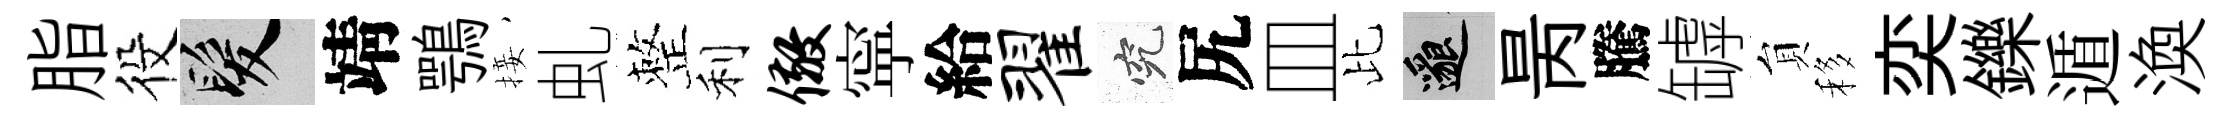
脂役髮靖鶚接虬整利儆寜給翟究尻皿比邈昺騰罅貟移奕鑠遁渙